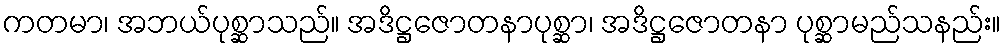
ကတမာ၊ အဘယ်ပုစ္ဆာသည်။ အဒိဋ္ဌဇောတနာပုစ္ဆာ၊ အဒိဋ္ဌဇောတနာ ပုစ္ဆာမည်သနည်း။